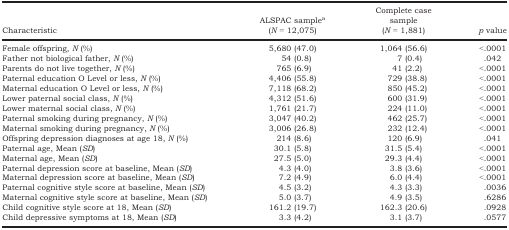
<table><thead><tr><td><b>Characteristic</b></td><td><b>ALSPAC samplea (<i>N</i> = 12,075)</b></td><td><b>Complete case sample (<i>N</i> = 1,881)</b></td><td><b><i>p</i> value</b></td></tr></thead><tbody><tr><td>Female offspring, <i>N</i> (%)</td><td>5,680 (47.0)</td><td>1,064 (56.6)</td><td>&lt;.0001</td></tr><tr><td>Father not biological father, <i>N</i> (%)</td><td>54 (0.8)</td><td>7 (0.4)</td><td>.042</td></tr><tr><td>Parents do not live together, <i>N</i> (%)</td><td>765 (6.9)</td><td>41 (2.2)</td><td>&lt;.0001</td></tr><tr><td>Paternal education O Level or less, <i>N</i> (%)</td><td>4,406 (55.8)</td><td>729 (38.8)</td><td>&lt;.0001</td></tr><tr><td>Maternal education O Level or less, <i>N</i> (%)</td><td>7,118 (68.2)</td><td>850 (45.2)</td><td>&lt;.0001</td></tr><tr><td>Lower paternal social class, <i>N</i> (%)</td><td>4,312 (51.6)</td><td>600 (31.9)</td><td>&lt;.0001</td></tr><tr><td>Lower maternal social class, <i>N</i> (%)</td><td>1,761 (21.7)</td><td>224 (11.0)</td><td>&lt;.0001</td></tr><tr><td>Paternal smoking during pregnancy, <i>N</i> (%)</td><td>3,047 (40.2)</td><td>462 (25.7)</td><td>&lt;.0001</td></tr><tr><td>Maternal smoking during pregnancy, <i>N</i> (%)</td><td>3,006 (26.8)</td><td>232 (12.4)</td><td>&lt;.0001</td></tr><tr><td>Offspring depression diagnoses at age 18, <i>N</i> (%)</td><td>214 (8.6)</td><td>120 (6.9)</td><td>.041</td></tr><tr><td>Paternal age, Mean (<i>SD</i>)</td><td>30.1 (5.8)</td><td>31.5 (5.4)</td><td>&lt;.0001</td></tr><tr><td>Maternal age, Mean (<i>SD</i>)</td><td>27.5 (5.0)</td><td>29.3 (4.4)</td><td>&lt;.0001</td></tr><tr><td>Paternal depression score at baseline, Mean (<i>SD</i>)</td><td>4.3 (4.0)</td><td>3.8 (3.6)</td><td>&lt;.0001</td></tr><tr><td>Maternal depression score at baseline, Mean (<i>SD</i>)</td><td>7.2 (4.9)</td><td>6.0 (4.4)</td><td>&lt;.0001</td></tr><tr><td>Paternal cognitive style score at baseline, Mean (<i>SD</i>)</td><td>4.5 (3.2)</td><td>4.3 (3.3)</td><td>.0036</td></tr><tr><td>Maternal cognitive style score at baseline, Mean (<i>SD</i>)</td><td>5.0 (3.7)</td><td>4.9 (3.5)</td><td>.6286</td></tr><tr><td>Child cognitive style score at 18, Mean (<i>SD</i>)</td><td>161.2 (19.7)</td><td>162.3 (20.6)</td><td>.0928</td></tr><tr><td>Child depressive symptoms at 18, Mean (<i>SD</i>)</td><td>3.3 (4.2)</td><td>3.1 (3.7)</td><td>.0577</td></tr></tbody></table>